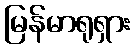
မြန်မာရုရှား